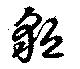
貆